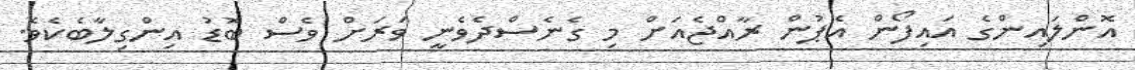
އޮންލައިންގެ އައިފޯން އެޕުން ރާއްޖެއަށް މި ގެނެސްދެވެނީ ވަރަށް ވެސް ބޮޑު އިންގިލާބެކެވެ.